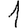
Digit: 1